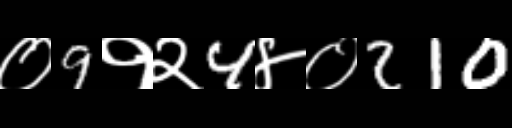
Text: ०9१२4४०210